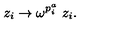
z _ { i } \to \omega ^ { p _ { i } ^ { a } } \ z _ { i } .